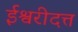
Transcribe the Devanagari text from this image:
ईश्वरीदत्त